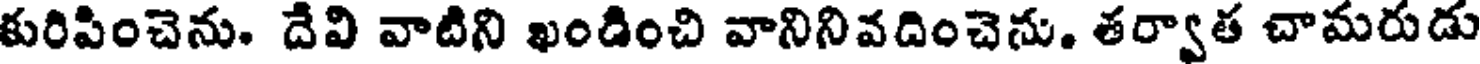
కురిపించెను. దేవి వాటిని ఖండించి వానినివదించెను. తర్వాత చామరుడు